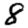
Digit: 8